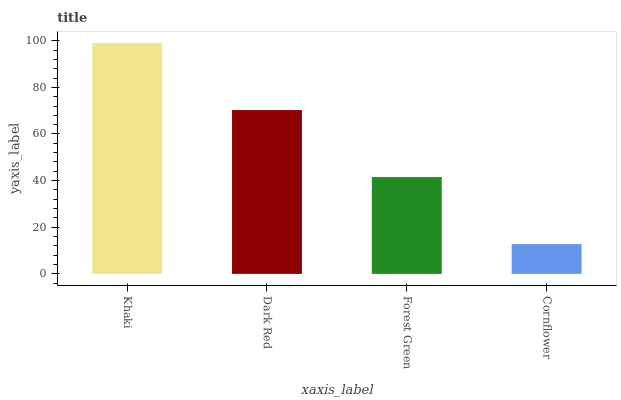
| xaxis_label | bars |
 | --- | --- |
 | Khaki | 99 |
 | Dark Red | 70.3 |
 | Forest Green | 41.5 |
 | Cornflower | 12.8 |